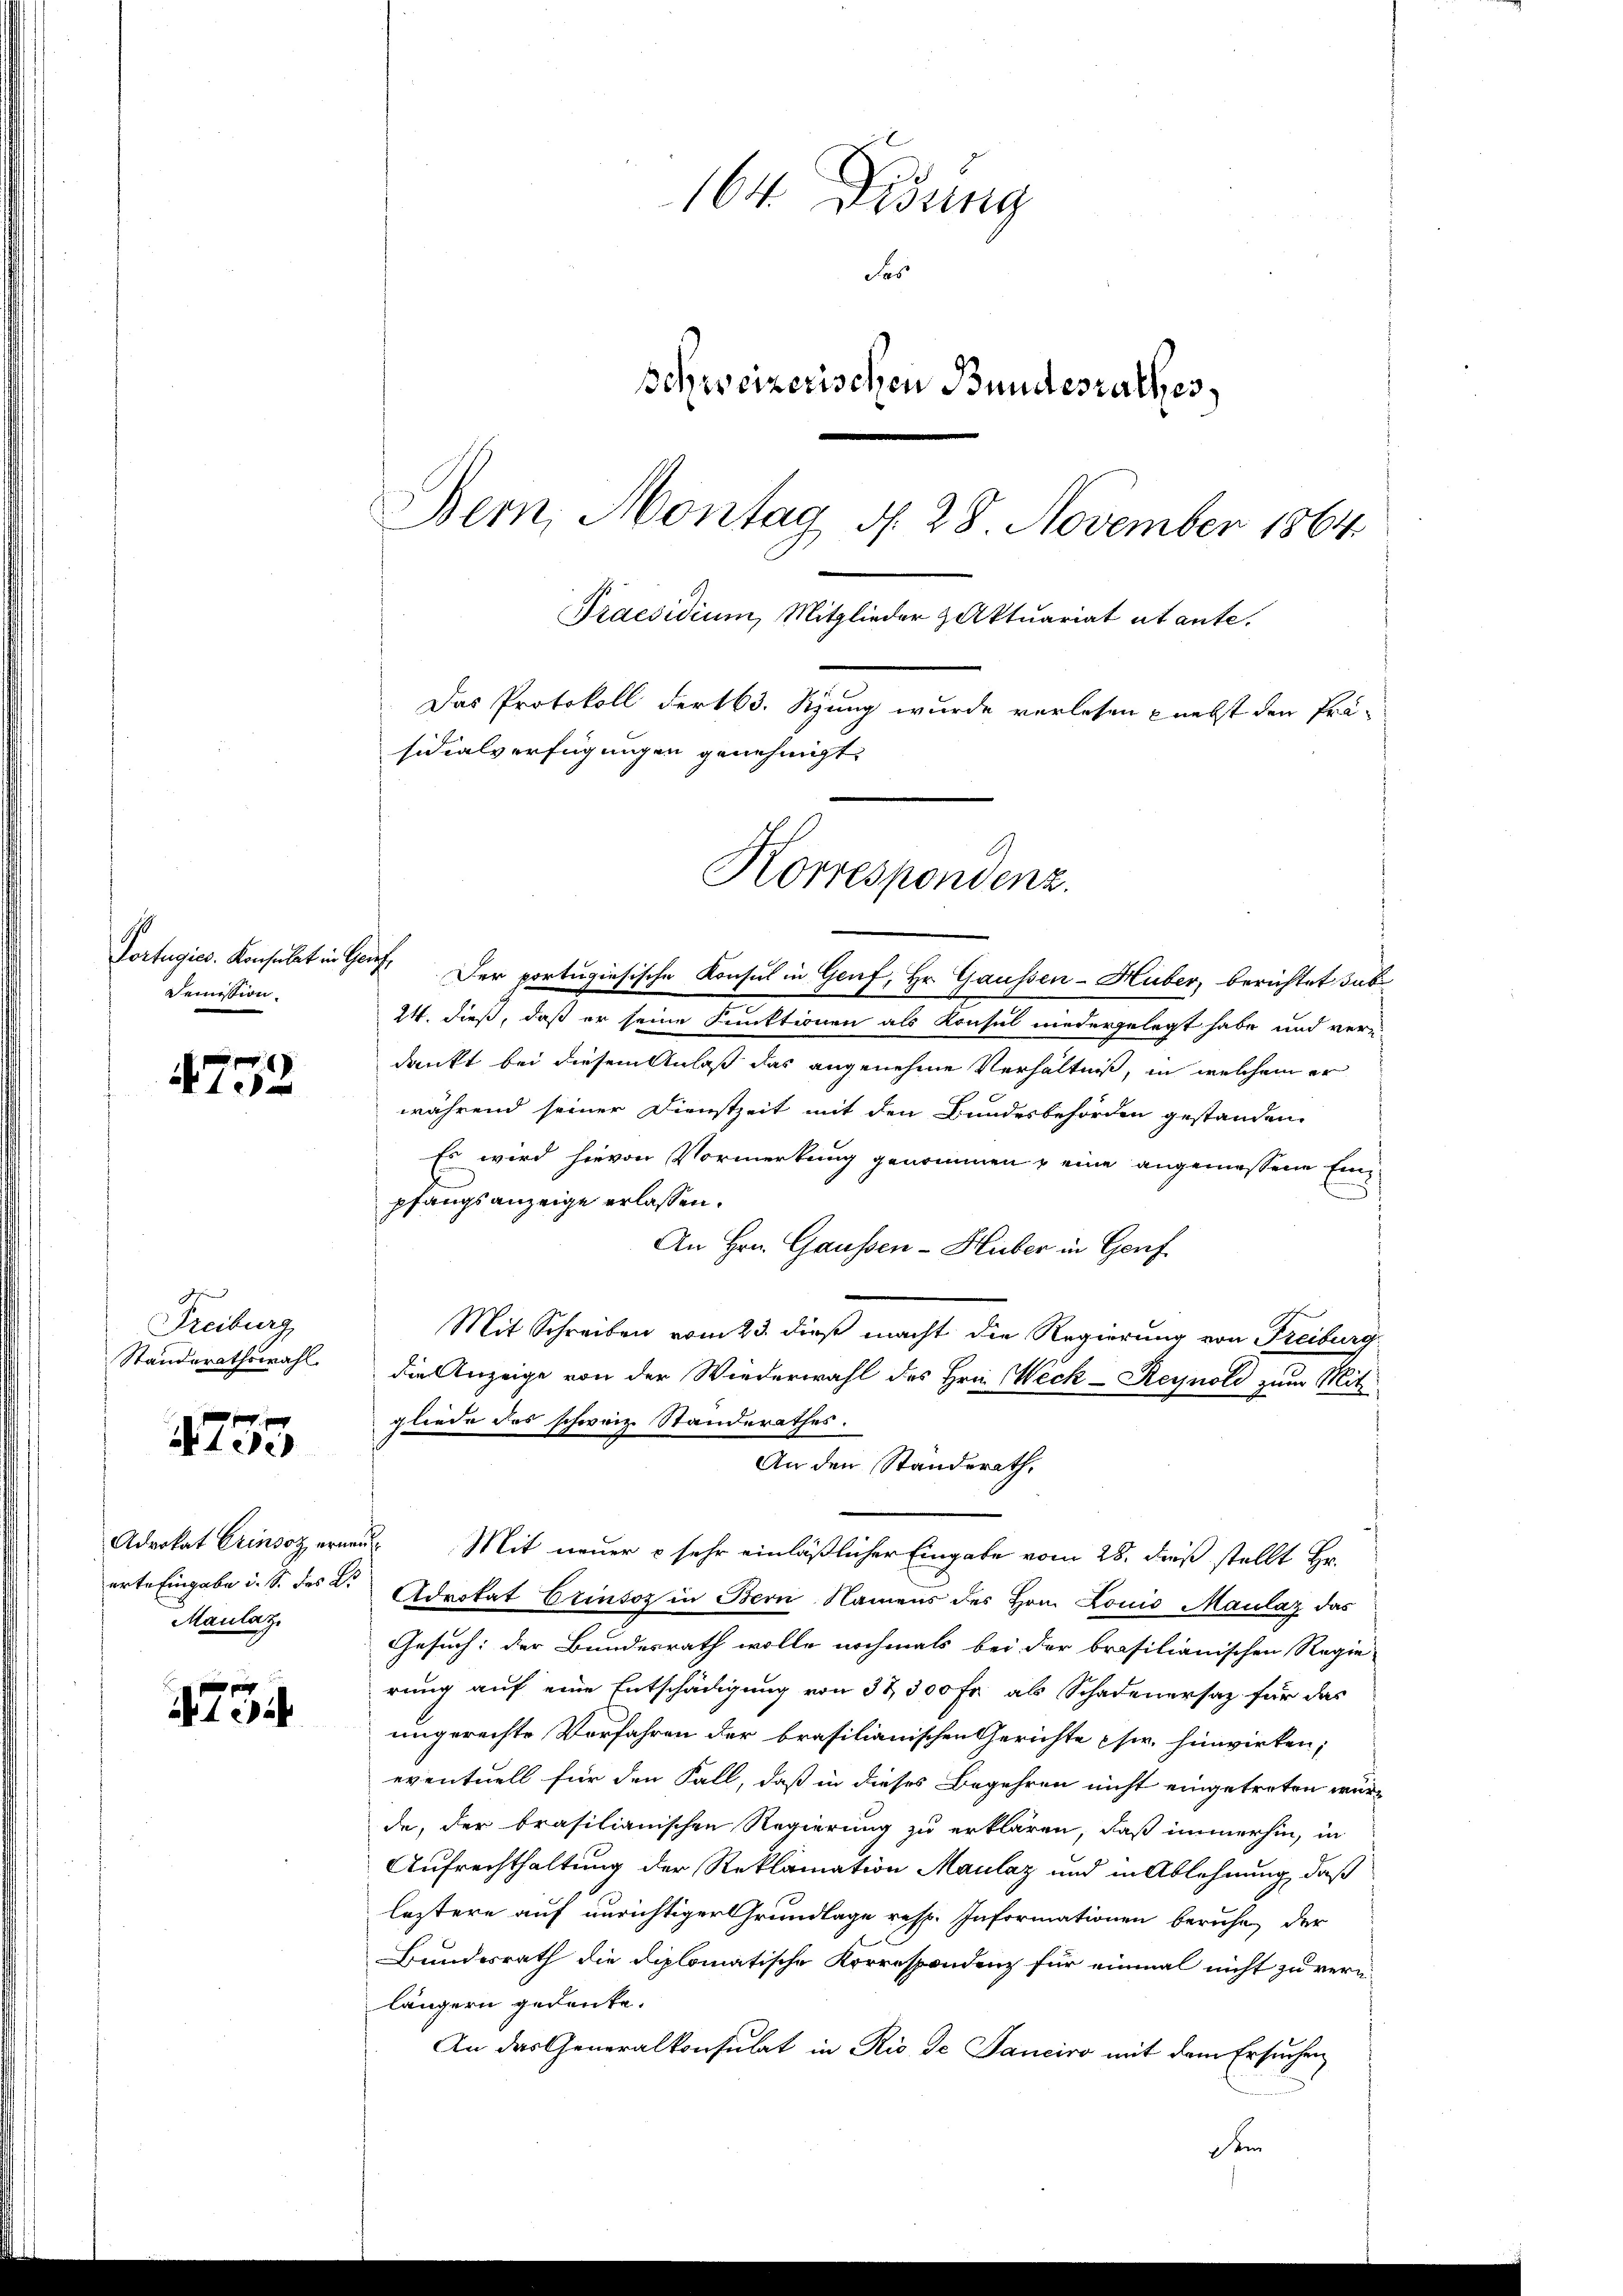
Demission.

4752

Freiburg,
Standerathswahl.

1753

Advokat Crinsoz, erner
erte Eingabe u. S. des B
Maulaz

73

164. Disung
Sas
Schweizerischen Bundesrathes,
Bern, Montag d. 28. November 1864.
Praesidium, Mitglieder & Aktuariat abante.
Das Protokoll der 163. Sitzung wurde verlesen nebst den Präsidialverfügungen genehmigt.

Korrespondenz.

Portugics. Konsulat in Ger. Der portugisische Konsul in Genf, Hr. Gaussen-Huber, berichtet habe
24. dieß, daß er seine Funktionen als Konsul niedergelegt habe und ver-
dankt bei diesem Anlaß das angenehme Verhältniß, in welchem er
während seiner Dienstzeit mit den Bundesbehörden gestanden
Es wird hievon Vormerkung genommen u eine angemessene Einpfangsanzeige erlassen.
An Hrn. Gaussen - Huber in Genf
Mit Schreiben vom 23. dieß macht die Regierung von Freiburg
die Anzeige von der Wiederwahl des Hrn. Weck-Reynold zum Mitt
gliede das schweiz. Standerathes.
An den Ständerath,
u Mit neuer & sehr einläßlicher Eingabe vom 28. dieß stellt Hr.
Advokat Erinsoz in Bern Namens des Hrn. Louis Maulaz das
Gesuch: der Bundesrath wolle nochmals bei der brasilianischen Regie-
rung auf eine Entschädigung von 37 300 Fr. ab Schadenersaz für das
ungerechte Verfahren der brasilianischen Gerichte sr. hinwirken;
eventuell für den Fall, daß in dieses Begehren nicht eingetreten würd
de, der brasilianischen Regierung zu erklären, daß immerhin, in
Aufrechthaltung der Reklamation Maulaz und in Ablehnung, daß
leztere auf unrichtiger Grundlage resp. Informationen beruhe, der
Bundesrath die diplomatische Korrespondenz für einmal nicht zu vern
längern gedenke.
An das Generalkonsulat in Rio de Sanciro mit dem Ersuchen